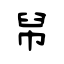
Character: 帠